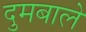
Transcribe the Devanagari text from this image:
दुमबाले